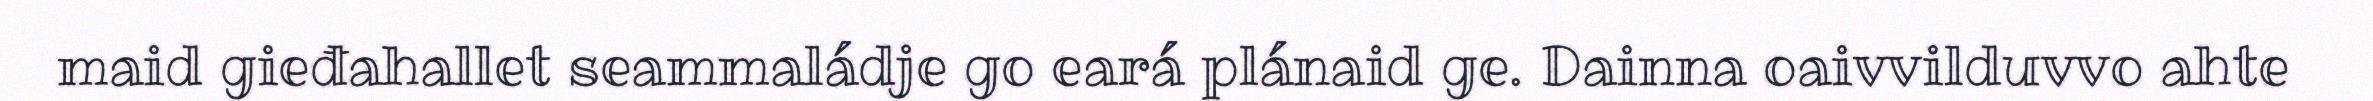
maid gieđahallet seammaládje go eará plánaid ge. Dainna oaivvilduvvo ahte